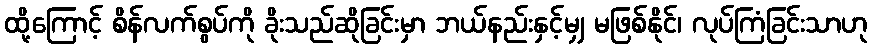
ထို့ကြောင့် စိန်လက်စွပ်ကို ခိုးသည်ဆိုခြင်းမှာ ဘယ်နည်းနှင့်မျှ မဖြစ်နိုင်၊ လုပ်ကြံခြင်းသာဟု